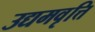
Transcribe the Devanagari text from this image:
उद्यमवृत्ति